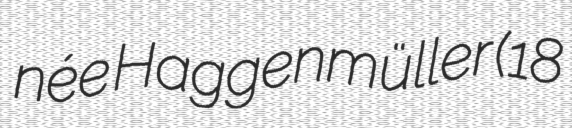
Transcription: née Haggenmüller (18